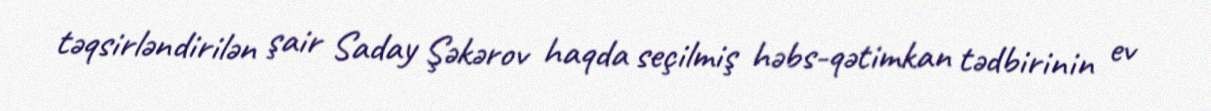
təqsirləndirilən şair Saday Şəkərov haqda seçilmiş həbs-qətimkan tədbirinin ev